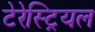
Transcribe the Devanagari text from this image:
टेरेस्‍ट्रियल